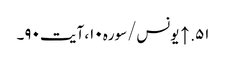
۵۱. ↑ یونس/سوره۱۰، آیت ۹۰۔